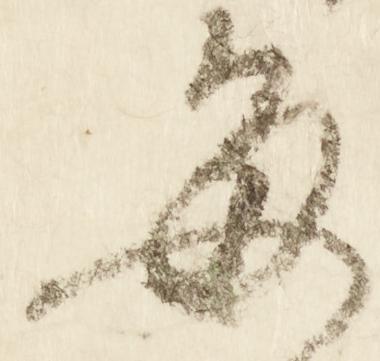
毎